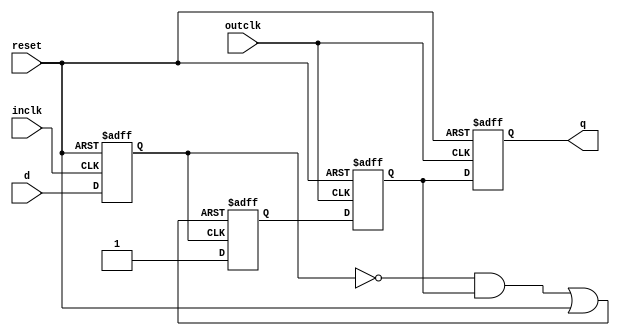
module eth_dc_reg(
	input	d,
	input	inclk,
	input	outclk,
	input	reset,
	output	q
);
reg     q1, q2, q3, q4;
wire    q1_reset;
	
assign 	q1_reset = (~q1 & q3) | reset;
assign	q = q4;

//q1 output decoder (simply latch the input to the input clock domain
always @(posedge inclk or posedge reset)
	if(reset)		q1 <= 1'b0;
	else			q1 <= d;
	 
//q2 output decoder based on async q1 input
always @(posedge q1 or posedge q1_reset)
	if(q1_reset)	q2 <= 1'b0;
	else			q2 <= 1'b1;

//q2 and q3 output decoders
always @(posedge outclk or posedge reset)
	if(reset) 		{q3, q4} <= 2'b00;
	else			{q3, q4} <= {q2, q3};

endmodule